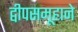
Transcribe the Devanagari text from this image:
द्वीपसमूहाने